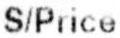
S/PRICE